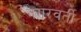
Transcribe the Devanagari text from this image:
नगरवर्ती